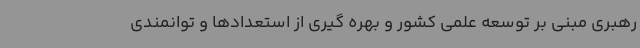
رهبری مبنی بر توسعه علمی کشور و بهره گیری از استعدادها و توانمندی